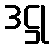
ဒဋ္ဌု